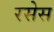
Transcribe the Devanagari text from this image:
रसेस